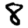
Digit: 8